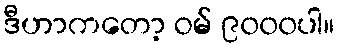
ဒီဟာကတော့ ဝမ် ၉၀၀၀ပါ။